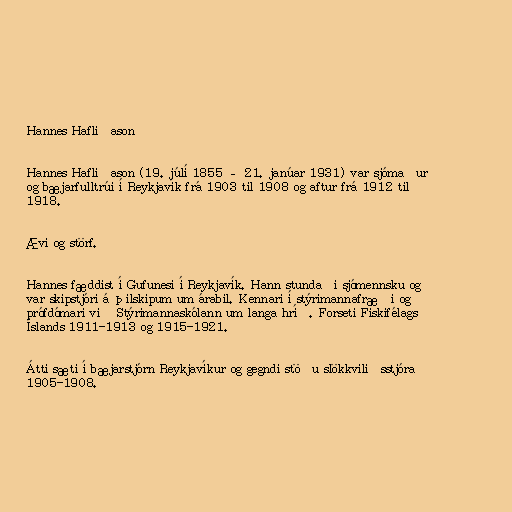
Hannes Hafliðason

Hannes Hafliðason (19. júlí 1855 – 21. janúar 1931) var sjómaður
og bæjarfulltrúi í Reykjavík frá 1903 til 1908 og aftur frá 1912 til
1918.

Ævi og störf.

Hannes fæddist í Gufunesi í Reykjavík. Hann stundaði sjómennsku og
var skipstjóri á þilskipum um árabil. Kennari í stýrimannafræði og
prófdómari við Stýrimannaskólann um langa hríð. Forseti Fiskifélags
Íslands 1911-1913 og 1915-1921.

Átti sæti í bæjarstjórn Reykjavíkur og gegndi stöðu slökkviliðsstjóra
1905-1908.